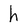
Character: h